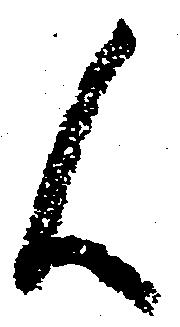
候